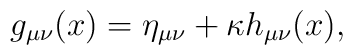
g_{\mu \nu }(x)=\eta _{\mu \nu }+\kappa h_{\mu \nu }(x),